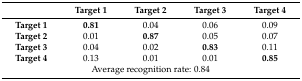
<table><thead><tr><td></td><td><b>Target 1</b></td><td><b>Target 2</b></td><td><b>Target 3</b></td><td><b>Target 4</b></td></tr></thead><tbody><tr><td><b>Target 1</b></td><td><b>0.81</b></td><td>0.04</td><td>0.06</td><td>0.09</td></tr><tr><td><b>Target 2</b></td><td>0.01</td><td><b>0.87</b></td><td>0.05</td><td>0.07</td></tr><tr><td><b>Target 3</b></td><td>0.04</td><td>0.02</td><td><b>0.83</b></td><td>0.11</td></tr><tr><td><b>Target 4</b></td><td>0.13</td><td>0.01</td><td>0.01</td><td><b>0.85</b></td></tr><tr><td colspan="5">Average recognition rate: 0.84</td></tr></tbody></table>